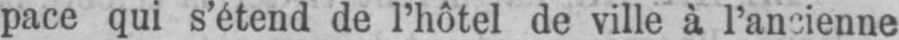
pace qui s’étend de l’hôtel de ville à l’ancienne